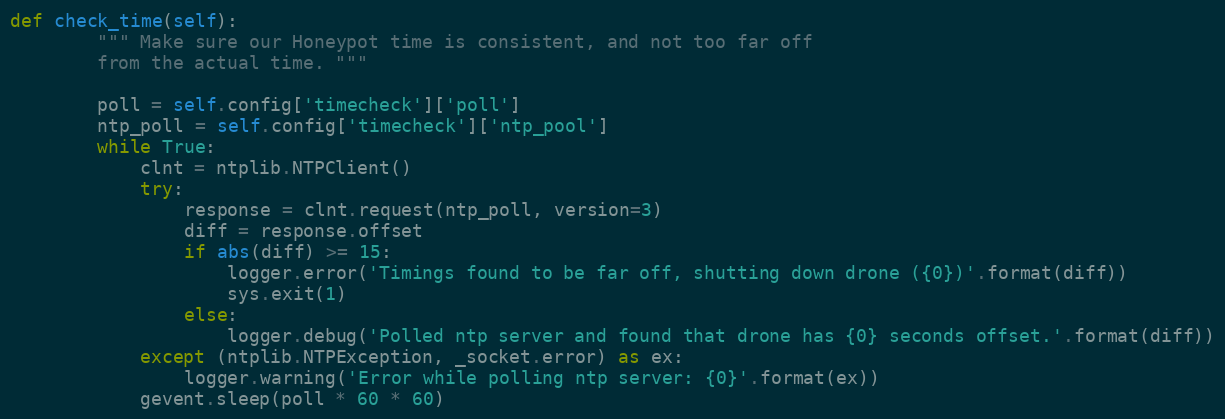
Language: Python
def check_time(self):
        """ Make sure our Honeypot time is consistent, and not too far off
        from the actual time. """

        poll = self.config['timecheck']['poll']
        ntp_poll = self.config['timecheck']['ntp_pool']
        while True:
            clnt = ntplib.NTPClient()
            try:
                response = clnt.request(ntp_poll, version=3)
                diff = response.offset
                if abs(diff) >= 15:
                    logger.error('Timings found to be far off, shutting down drone ({0})'.format(diff))
                    sys.exit(1)
                else:
                    logger.debug('Polled ntp server and found that drone has {0} seconds offset.'.format(diff))
            except (ntplib.NTPException, _socket.error) as ex:
                logger.warning('Error while polling ntp server: {0}'.format(ex))
            gevent.sleep(poll * 60 * 60)